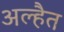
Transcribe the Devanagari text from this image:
अल्हैत